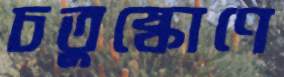
চতুষ্কোণে